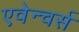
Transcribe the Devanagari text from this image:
एवेन्चर्स